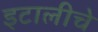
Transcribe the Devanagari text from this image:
इटालीचे